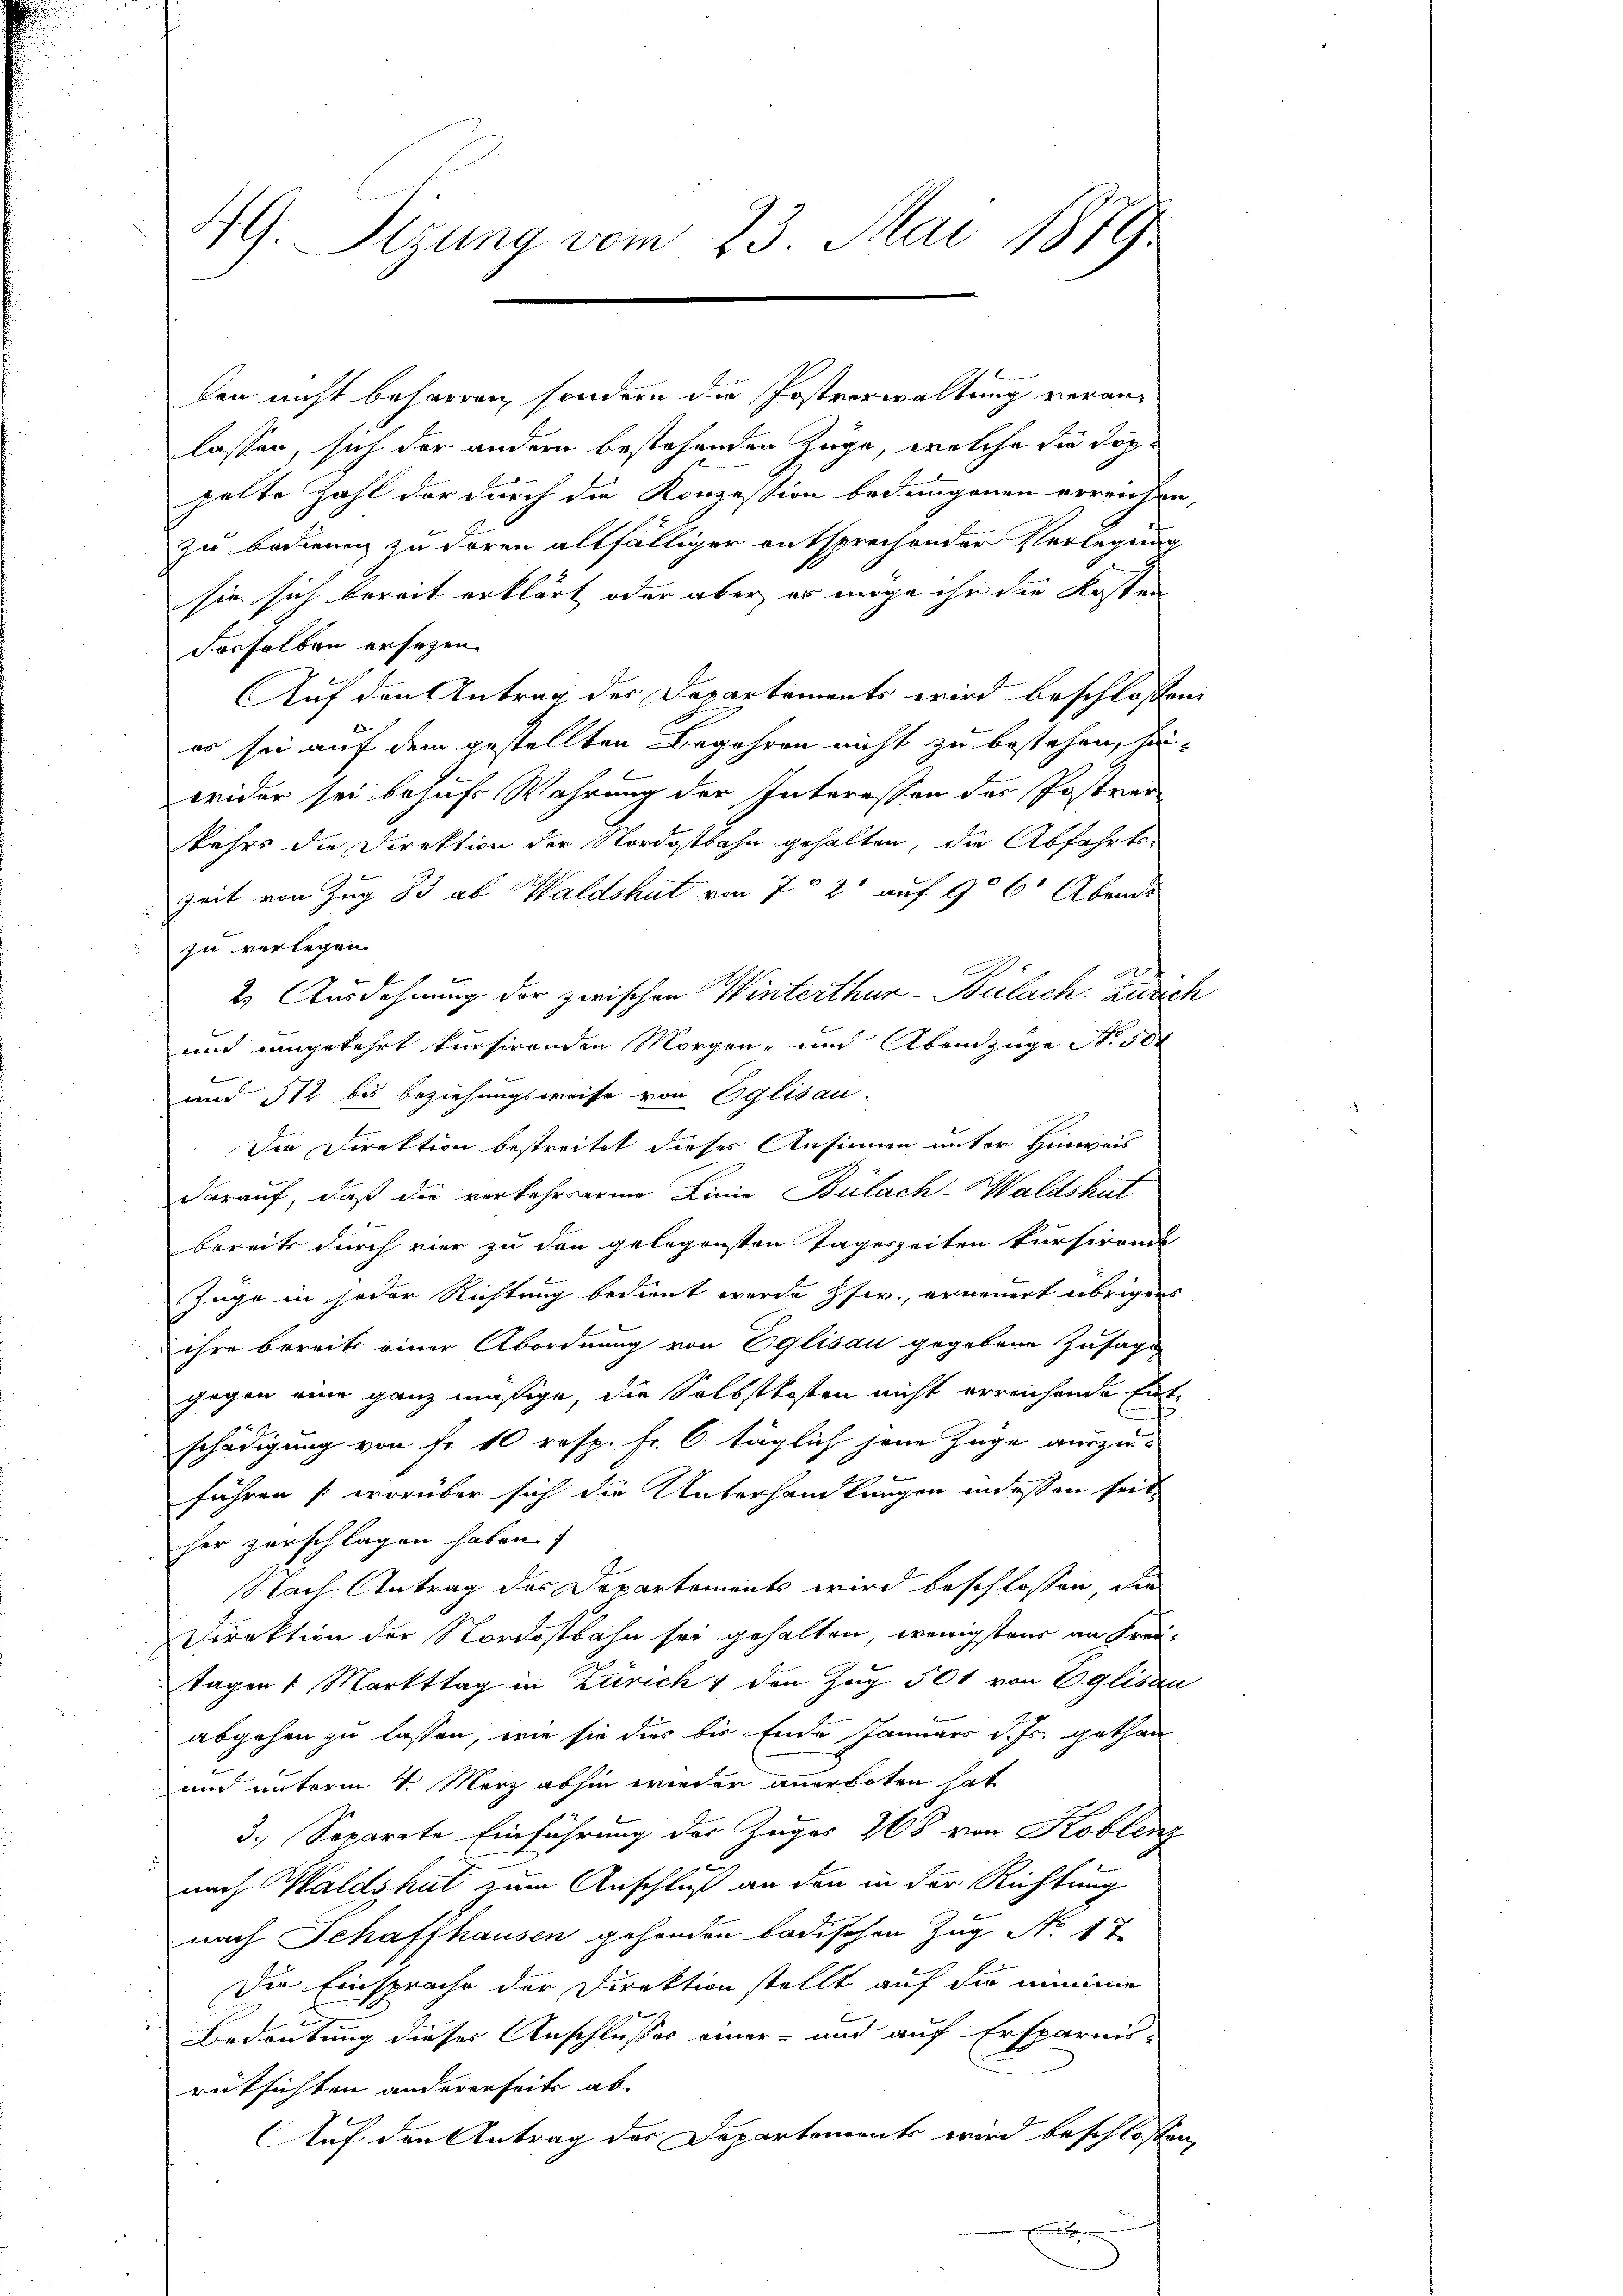
4G. Sizung vom 23. Mai 1879

ken nicht beharren, sondern die Postverwaltung veranlassen, sich der andern bestehenden Zuge, welche die Doppelte Zahl der durch die Konzession bedungenen erreichen,
zu bedienen zu deren allfälliger entsprechender Verlegung
sie sich bereit erklärt oder aber er möge ihr die Kosten
derselben ersezen.
Auf den Antrag der Departaments wird beschlossen:
es sei auf dem gestellten Begehren nicht zu bestehen, hei-
wider sei behufs Wahrung der Interessen der Postver
kehrs die Direktion der Nordostbahn gehalten, die Abfahrts-
Zeit von Zug 83 ab Waldshut von 7 2' auf 906 Abends
zu verlegen.
2
f
2. Ausdehnung der zwischen Winterthur–Bülach. Zürich
und umgekehrt kursirenden Morgen- und Abendzüge No 10
e
und 512 bis beziehungsweise von Eglisau-
Die Direktion bestreitet dieser Ansinnen unter Hinweis
darauf, daß die verkehrsarme Linie Bülach-Waldshut
bereits durch vier zu den gelegensten Tageszeiten kursirende
Juge in jeder Richtung bedient werde Iser, erneuert übrigers
ihre bereits einer Abordnung von Eglisau gegebene Zusage-
gegen eine ganz mäßige, die Selbstkosten nicht erreichende Entschädigung von fr. 10 resp. fr. 6 täglich jene Zuge auszu-
führen (worüber sich die Unterhandlungen indessen seit
her zerschlagen haben.
Nach Antrag des Departements wird beschlossen, die
Direktion der Nordostbahn sei gehalten, wenigstens an Frei¬
Tagen 1 Markttag in Zürich & den Zug 501 von Eglisau
abgehen zu lassen, wie sie dies bis Ende Januars d. Js. gethan
und unterm 4. März abhin wieder anerboten hat
3. Separate Einführung der Zuges 268 von Koblenz
nach Waldshut zum Anschluß an den in der Richtung
nach Schaffhausen gehenden badischen Zug No. 17
Die Einsprache der Direktion stellt auf die minime
Bedeutung dieser Anschlusses einer- und auf Ersparnis-
rücksichten andererseits ab
Auf den Antrag der Departements wird beschlossen,
d